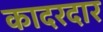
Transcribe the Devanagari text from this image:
कादरदार